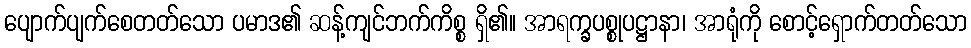
ပျောက်ပျက်စေတတ်သော ပမာဒ၏ ဆန့်ကျင်ဘက်ကိစ္စ ရှိ၏။ အာရက္ခပစ္စုပဋ္ဌာနာ၊ အာရုံကို စောင့်ရှောက်တတ်သော